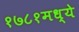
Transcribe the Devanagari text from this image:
१७८१मध्ये